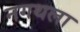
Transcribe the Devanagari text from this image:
नगथला